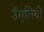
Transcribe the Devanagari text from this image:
उँगुलियों